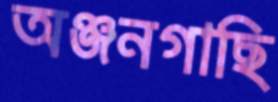
অঞ্জনগাছি